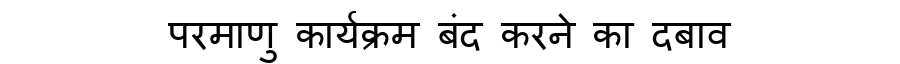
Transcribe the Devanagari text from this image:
परमाणु कार्यक्रम बंद करने का दबाव